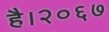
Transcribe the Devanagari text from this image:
है।२०६७